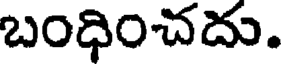
బంధించదు.